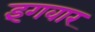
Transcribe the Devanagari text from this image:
इंगवार